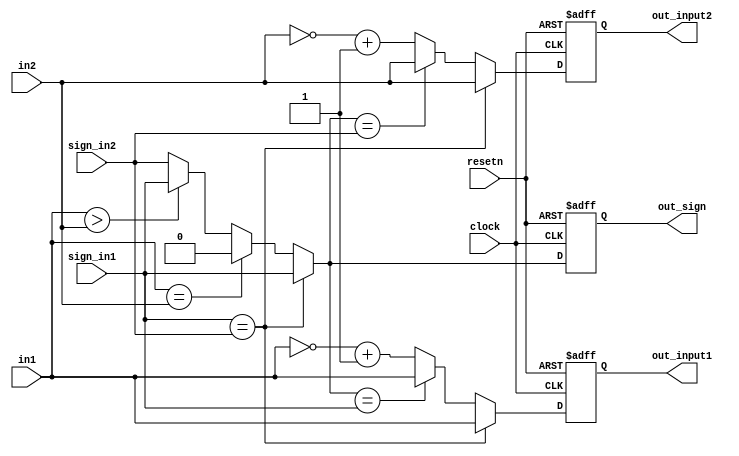
module fr_adder_pre(clock, resetn, sign_in1, sign_in2, in1, in2, out_input1, out_input2, out_sign);
	input clock, resetn;
	
	input sign_in1, sign_in2;
	input [23:0] in1, in2;

	output reg out_sign;
	output reg [23:0] out_input1, out_input2;
	
	 
	// + or + >> fraction  
	//  Sign       .
			
	// + or + >>     -    2's complement    - overflow .
	//sign=1  , sign=0  
	wire output_sign = (sign_in1 == sign_in2) ? sign_in1 : (in1 == in2) ?	0	: (in1 > in2) ?  sign_in1 : sign_in2;
										//sign 	output 		in1,in20		in1  in1  		in2  in2 
		
	wire [23:0] input1 = (sign_in1 == sign_in2) ? in1 : (output_sign == sign_in1) ? in1 : ~in1+1;
	wire [23:0] input2 = (sign_in1 == sign_in2) ? in2 : (output_sign == sign_in2) ? in2 : ~in2+1;
							//				sign  			    2's complement

	

	always@(posedge clock, negedge resetn) begin
		if(!resetn) begin
			out_sign <= 0;
			out_input1 <= 0;
			out_input2 <= 0;
		end
		else begin
			out_sign <= output_sign;
			out_input1 <= input1;
			out_input2 <= input2;
		end
	end

endmodule